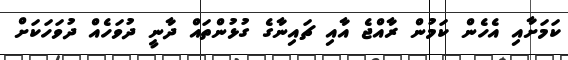
ކަމަށާއި އެހެން ކަމުން ރާއްޖެ އާއި ޗައިނާގެ ގުޅުންތައް ދާނީ ދުވަހެއް ދުވަހަކަށް